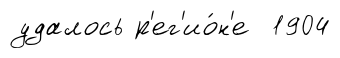
удалось р'ег'ио́н'е 1904